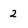
Character: 2